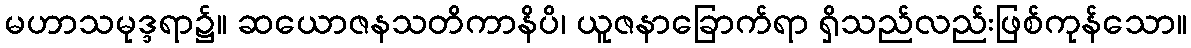
မဟာသမုဒ္ဒရာ၌။ ဆယောဇနသတိကာနိပိ၊ ယူဇနာခြောက်ရာ ရှိသည်လည်းဖြစ်ကုန်သော။